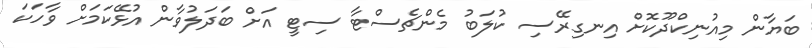
ބަޔާން މިއުނިކްދޫކޮށް އިނގިރޭސި ކުލަބު މެންޗެސްޓާ ސިޓީ އަށް ބަދަލުވާން އުޅޭކަމަށް ވާހަކަ